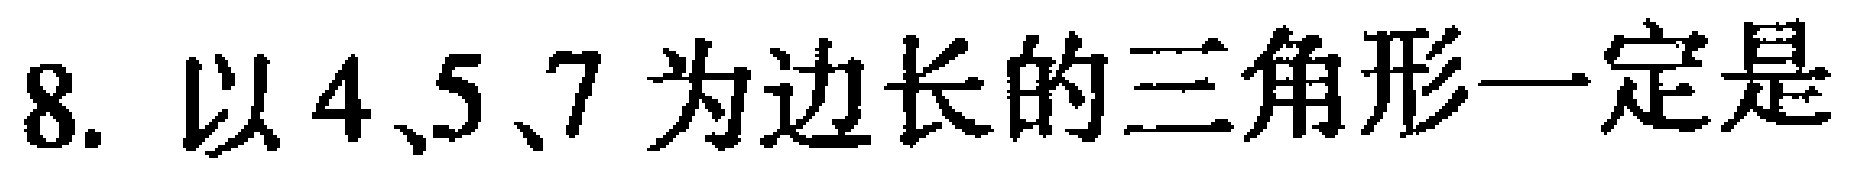
8. 以4、5、7为边长的三角形一定是